Leningradi_Edasi_toimetus, lk 24
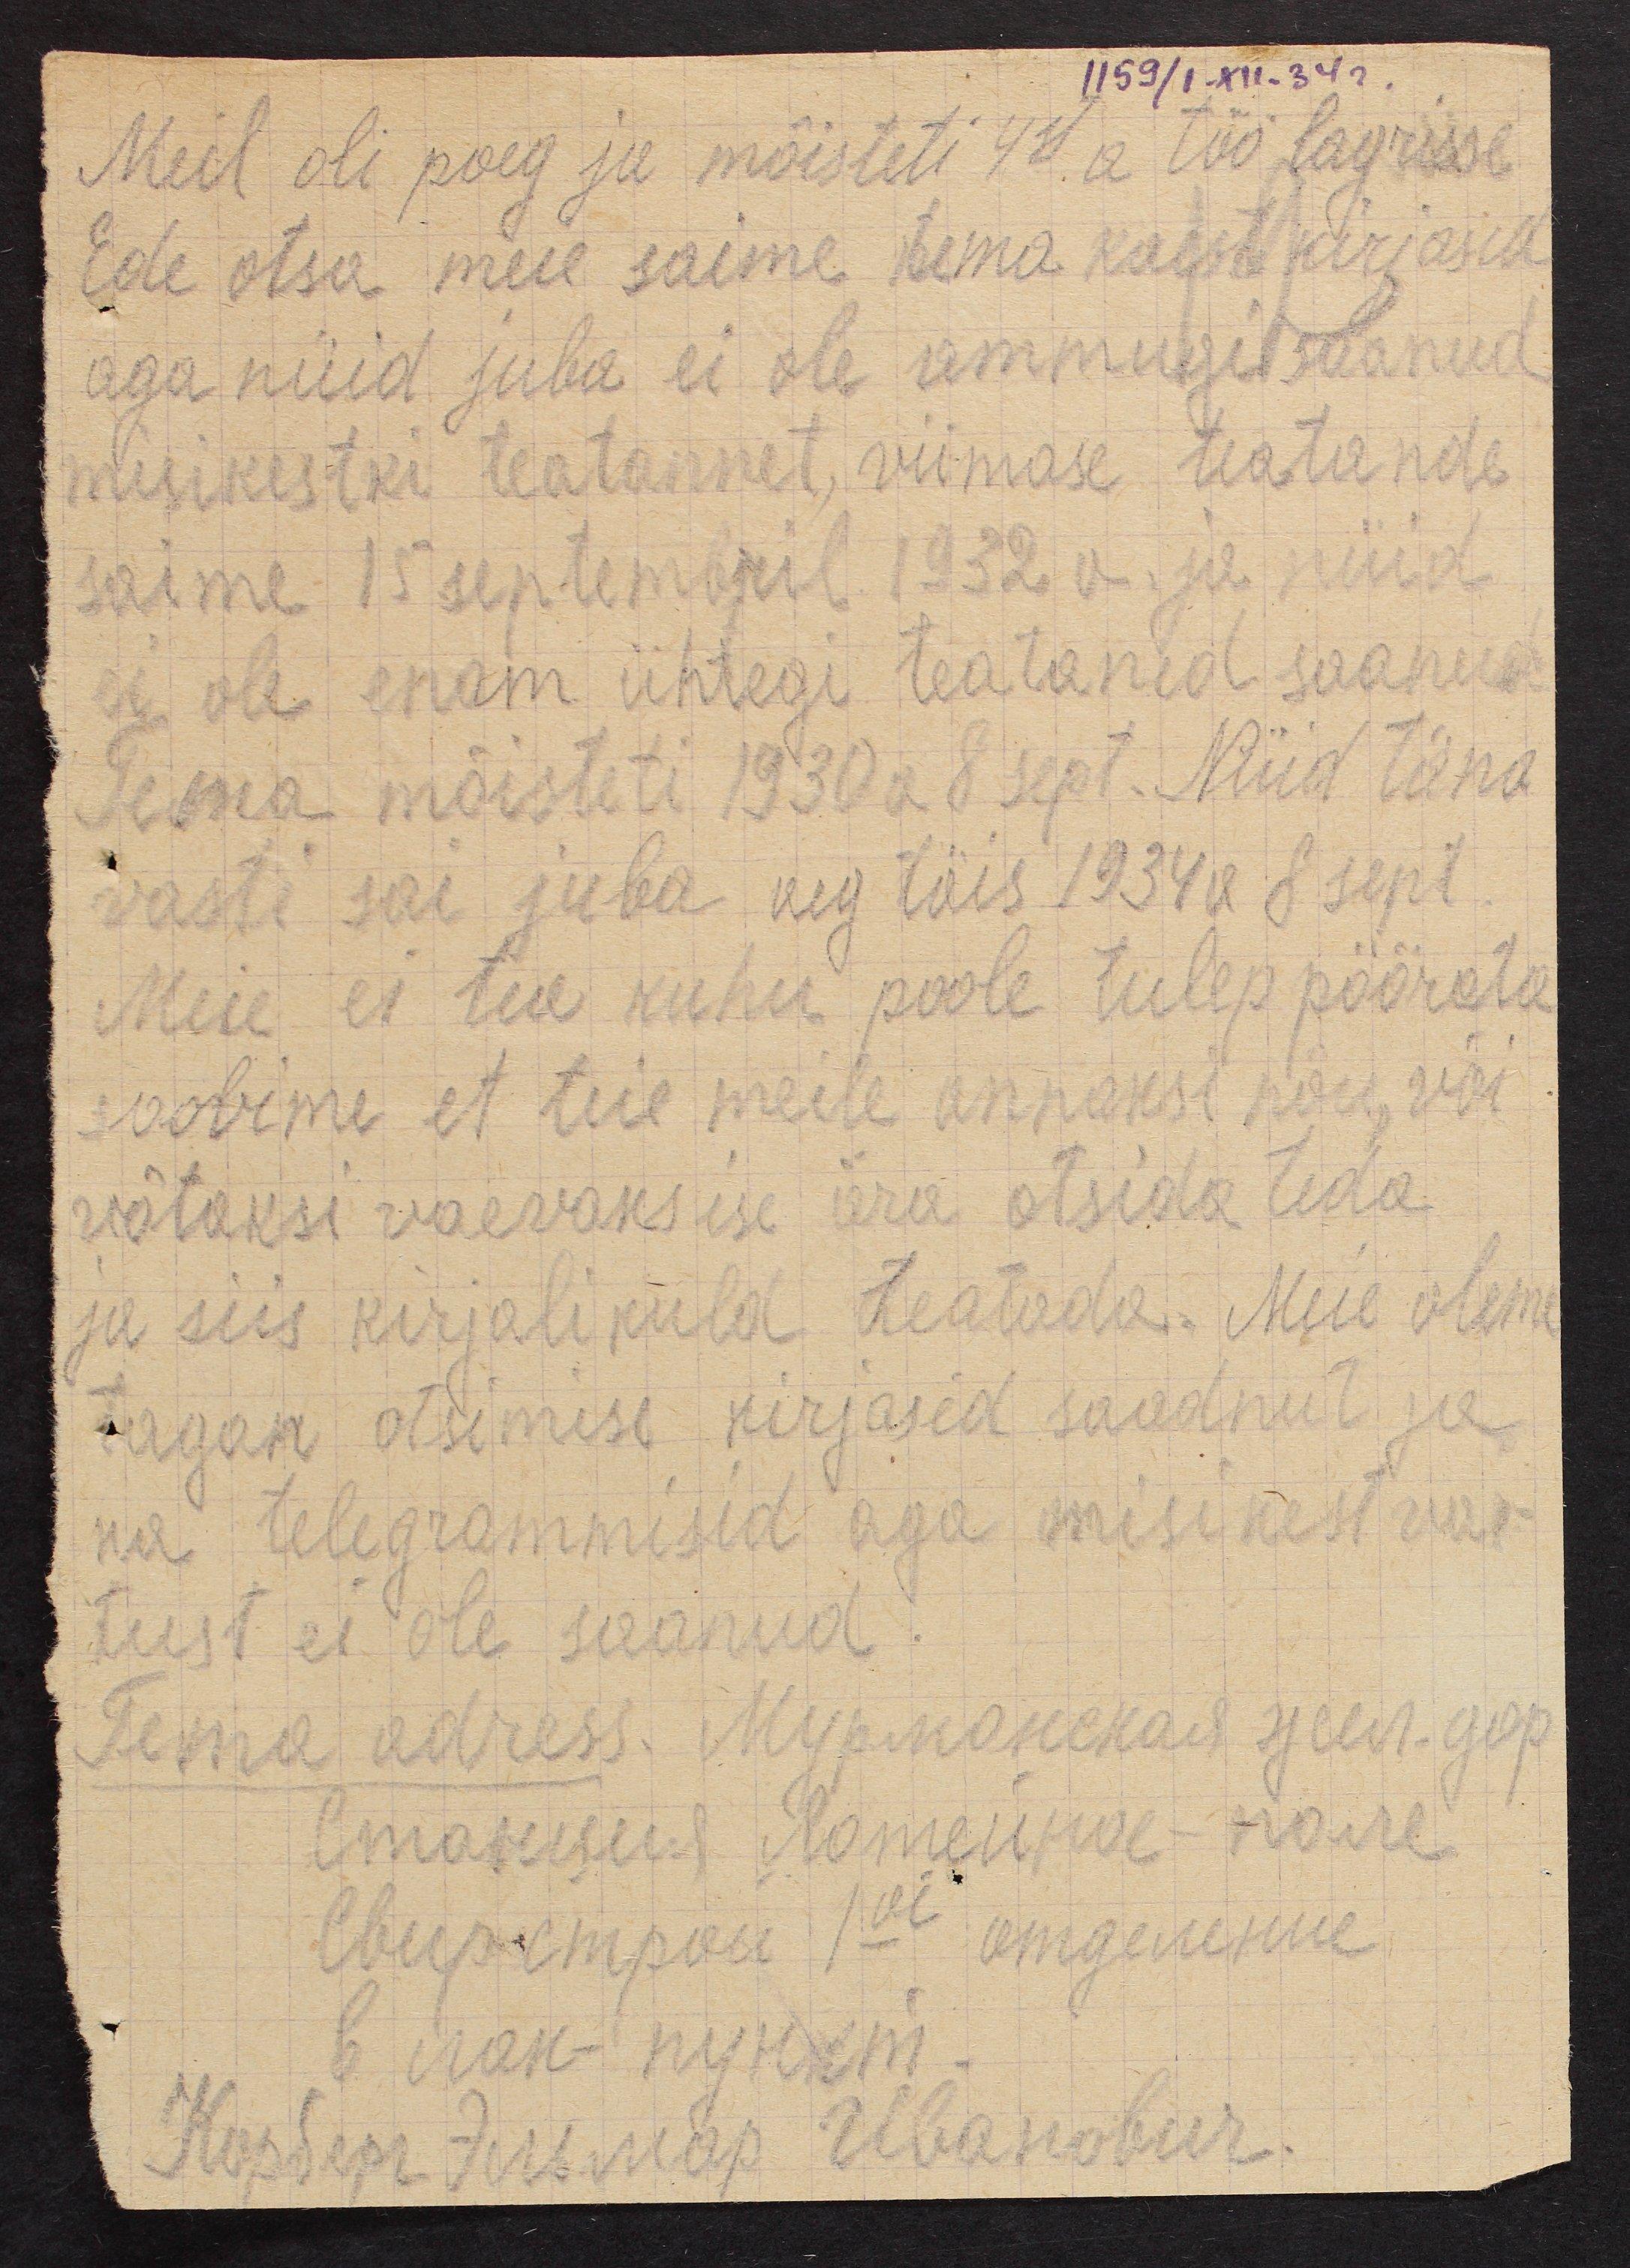
1159/1.XII.34 г.
Meil oli poeg ja mõisteti 44. a töö lagrisse
Ede otsa meie saime tema kaest kirjasid
aga nüid juba ei ole ammugi saanud.
misikestki teatannet, viimase teatande
saime 15 septembril 1932. a. ja nüid
ei ole enam ühtegi teataned saanud
Tema mõisteti 1930 a 8 sept. Nüid täna
vasti sai juba aeg täis 1934 a 8 sept.
Meie ei tia kuhu poole tulep pöörata
soovime et teie meile annaksi nõu, või
võtaksi vaevaks ise ära otsida teda
ja siis kirjalikuld teatada. Meie oleme
tagan otsimise kirjasid saadnut ja
ka telegrammisd aga misikest vas-
tust ei ole saanud.
Tema adress.